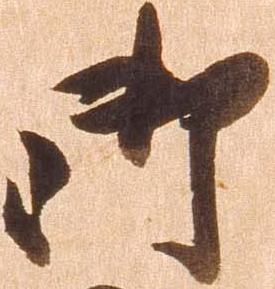
御